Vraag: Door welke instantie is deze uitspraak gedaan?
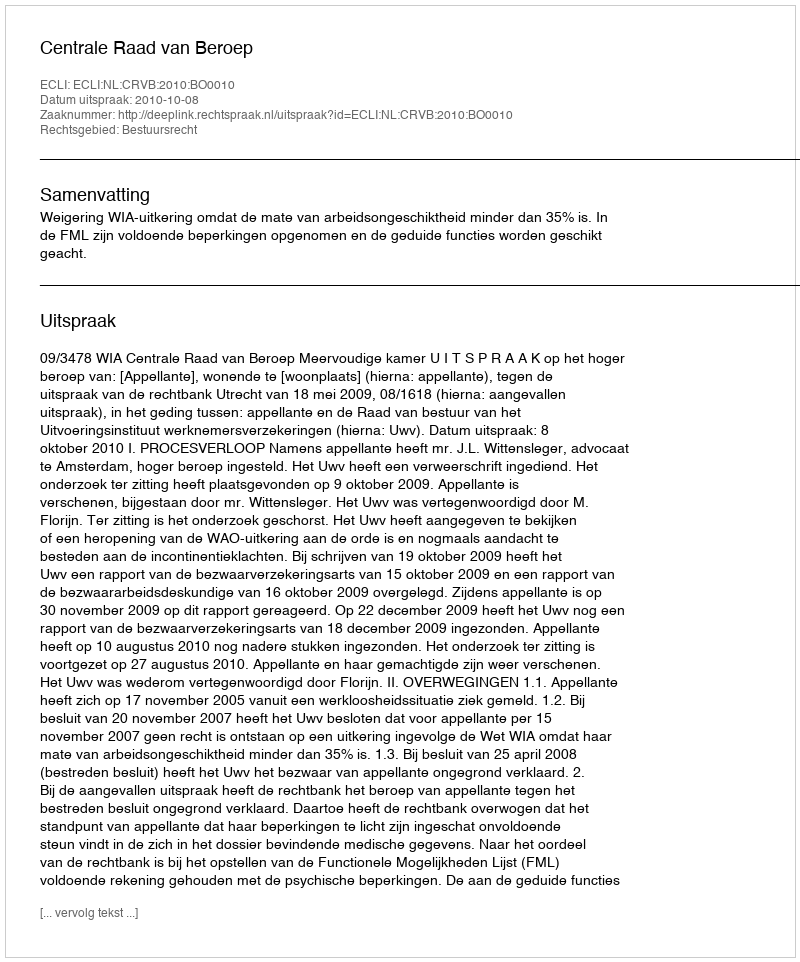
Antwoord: Centrale Raad van Beroep